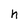
Character: h